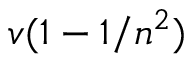
\, v ( 1 - 1 / n ^ { 2 } )